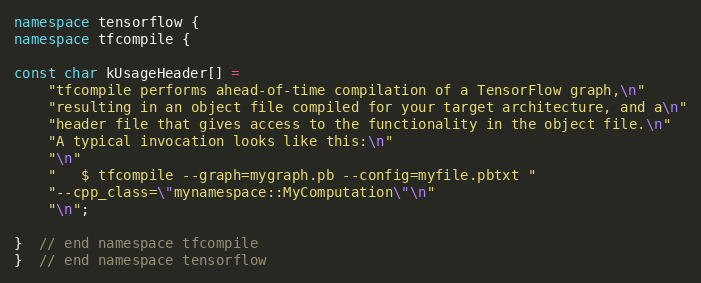
Language: C++
namespace tensorflow {
namespace tfcompile {

const char kUsageHeader[] =
    "tfcompile performs ahead-of-time compilation of a TensorFlow graph,\n"
    "resulting in an object file compiled for your target architecture, and a\n"
    "header file that gives access to the functionality in the object file.\n"
    "A typical invocation looks like this:\n"
    "\n"
    "   $ tfcompile --graph=mygraph.pb --config=myfile.pbtxt "
    "--cpp_class=\"mynamespace::MyComputation\"\n"
    "\n";

}  // end namespace tfcompile
}  // end namespace tensorflow